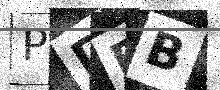
Text: PDFB